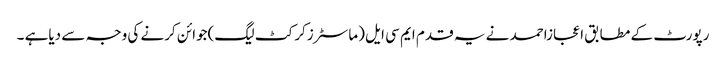
رپورٹ کے مطابق اعجازاحمد نے یہ قدم ایم سی ایل (ماسٹرزکرکٹ لیگ)جوائن کرنے کی وجہ سے دیاہے ۔